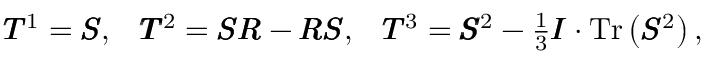
\begin{array} { l l l } { \pmb { T } ^ { 1 } = \pmb { S } , } & { \pmb { T } ^ { 2 } = \pmb { S R } - \pmb { R S } , } & { \pmb { T } ^ { 3 } = \pmb { S } ^ { 2 } - \frac { 1 } { 3 } \pmb { I } \cdot \operatorname { T r } \left( \pmb { S } ^ { 2 } \right) , } \end{array}